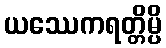
ယဿေကရတ္တိမ္ပိ